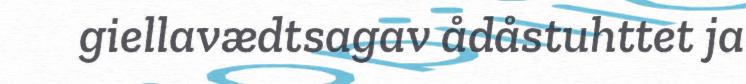
giellavædtsagav ådåstuhttet ja